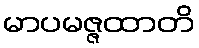
မာပမဇ္ဇထာတိ